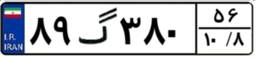
۸۹گ۳۸۰۵۶